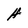
Character: H